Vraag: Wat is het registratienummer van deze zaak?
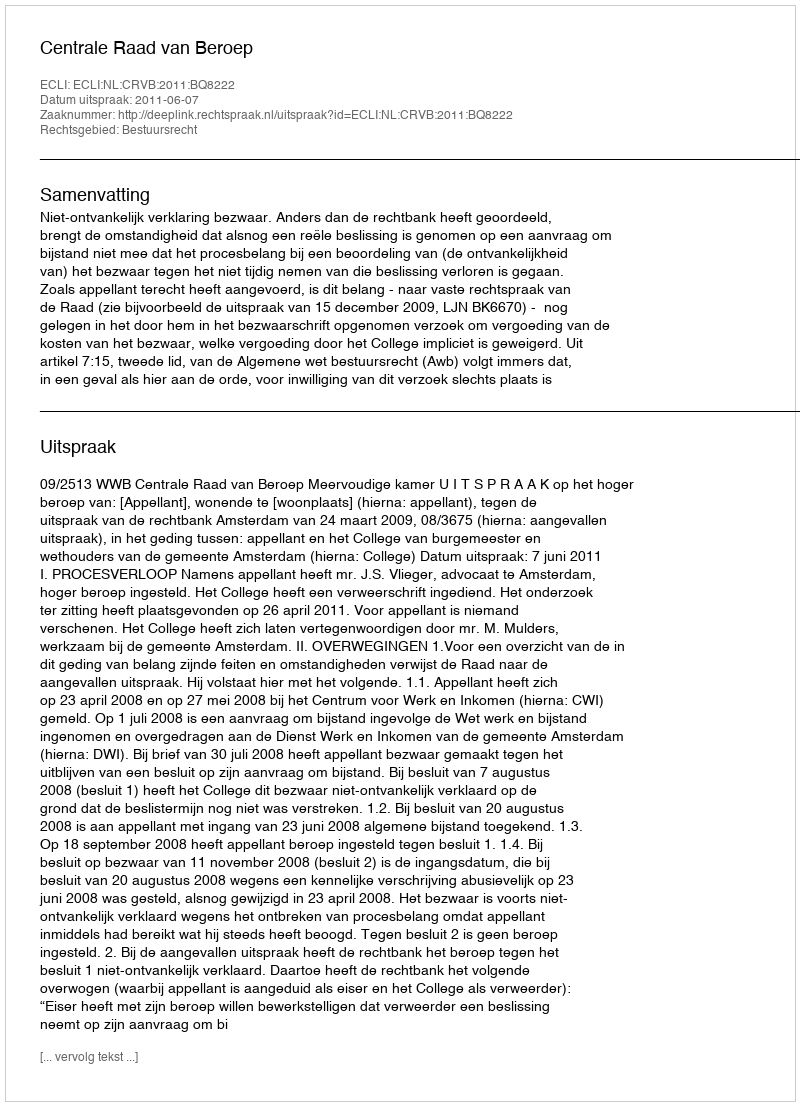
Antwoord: http://deeplink.rechtspraak.nl/uitspraak?id=ECLI:NL:CRVB:2011:BQ8222